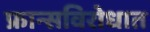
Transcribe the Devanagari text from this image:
फ्रान्सविरोधात